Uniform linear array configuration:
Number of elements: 64
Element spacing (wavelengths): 0.25
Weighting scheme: kaiser
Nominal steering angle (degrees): -45
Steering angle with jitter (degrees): -45.733
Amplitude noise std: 0.05
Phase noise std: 0.05

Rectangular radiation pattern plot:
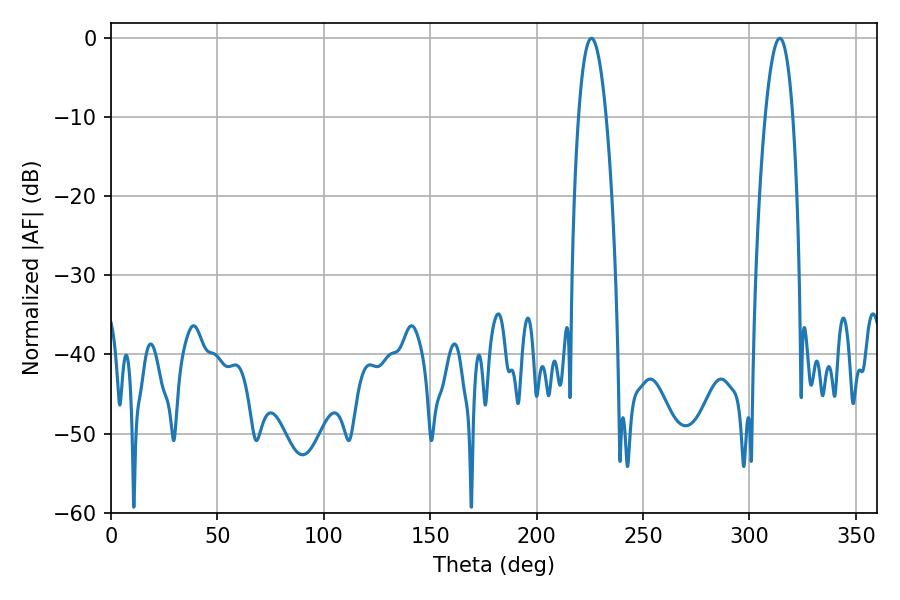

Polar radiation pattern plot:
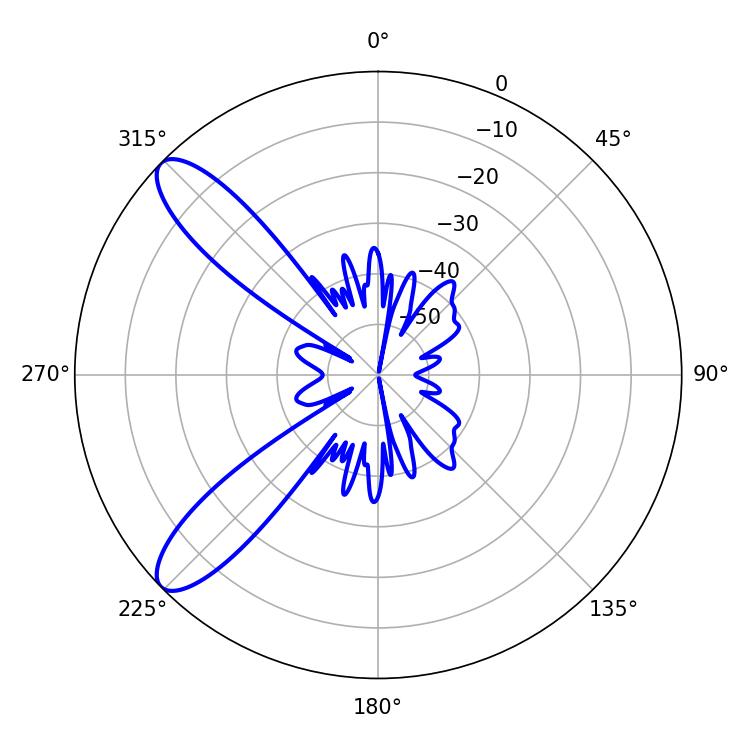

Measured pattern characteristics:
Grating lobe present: FALSE
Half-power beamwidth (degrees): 7.2
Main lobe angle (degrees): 225.72